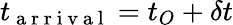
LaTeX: t_{\mathrm{~a~r~r~i~v~a~l~}}=t_{O}+\delta t